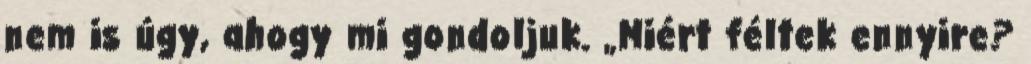
nem is úgy, ahogy mi gondoljuk. „Miért féltek ennyire?